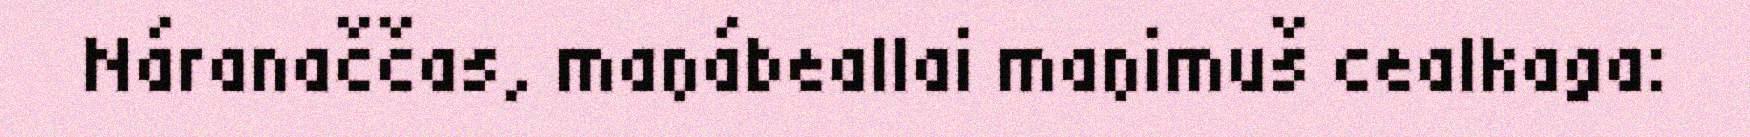
Náranaččas, maŋábeallai maŋimuš cealkaga: